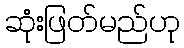
ဆုံးဖြတ်မည်ဟု